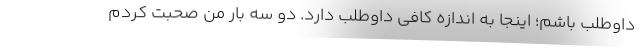
داوطلب باشم؛ اینجا به اندازه کافی داوطلب دارد. دو سه بار من صحبت کردم